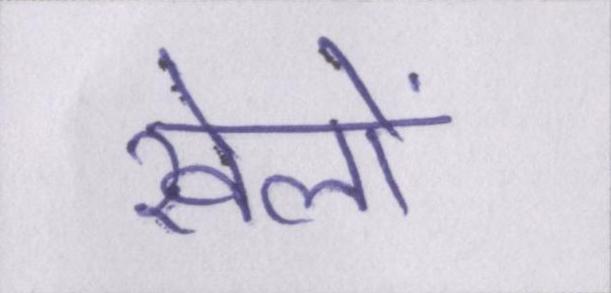
खेलों